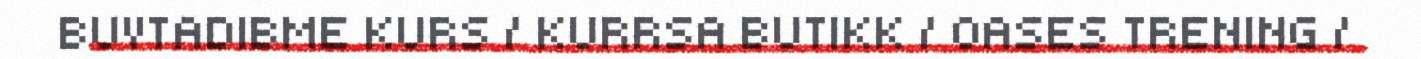
BUVTADIBME KURS / KURRSA BUTIKK / OASES TRENING /